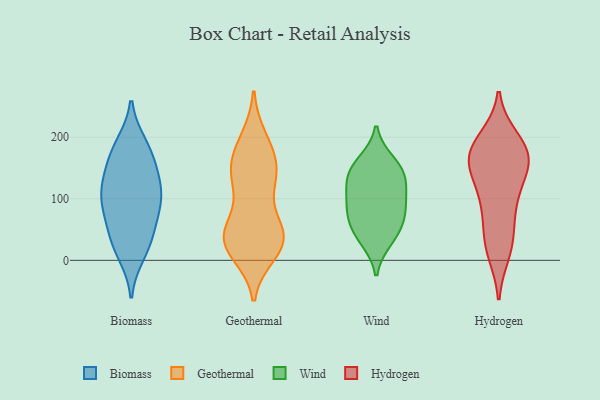
{"axis": {"x": "Net Income (USD K)", "y": "Value"}, "legend": ["Biomass", "Geothermal", "Hydrogen", "Wind"], "data": [{"x": "", "y": 27, "type": "Biomass"}, {"x": "", "y": 179, "type": "Biomass"}, {"x": "", "y": 78, "type": "Biomass"}, {"x": "", "y": 187, "type": "Biomass"}, {"x": "", "y": 122, "type": "Biomass"}, {"x": "", "y": 11, "type": "Biomass"}, {"x": "", "y": 145, "type": "Biomass"}, {"x": "", "y": 95, "type": "Biomass"}, {"x": "", "y": 172, "type": "Biomass"}, {"x": "", "y": 55, "type": "Biomass"}, {"x": "", "y": 33, "type": "Biomass"}, {"x": "", "y": 100, "type": "Biomass"}, {"x": "", "y": 100, "type": "Biomass"}, {"x": "", "y": 128, "type": "Biomass"}, {"x": "", "y": 156, "type": "Geothermal"}, {"x": "", "y": 169, "type": "Geothermal"}, {"x": "", "y": 137, "type": "Geothermal"}, {"x": "", "y": 53, "type": "Geothermal"}, {"x": "", "y": 196, "type": "Geothermal"}, {"x": "", "y": 121, "type": "Geothermal"}, {"x": "", "y": 13, "type": "Geothermal"}, {"x": "", "y": 24, "type": "Geothermal"}, {"x": "", "y": 42, "type": "Geothermal"}, {"x": "", "y": 188, "type": "Geothermal"}, {"x": "", "y": 45, "type": "Geothermal"}, {"x": "", "y": 44, "type": "Geothermal"}, {"x": "", "y": 25, "type": "Geothermal"}, {"x": "", "y": 129, "type": "Geothermal"}, {"x": "", "y": 141, "type": "Geothermal"}, {"x": "", "y": 30, "type": "Geothermal"}, {"x": "", "y": 36, "type": "Geothermal"}, {"x": "", "y": 91, "type": "Wind"}, {"x": "", "y": 33, "type": "Wind"}, {"x": "", "y": 42, "type": "Wind"}, {"x": "", "y": 160, "type": "Wind"}, {"x": "", "y": 90, "type": "Wind"}, {"x": "", "y": 73, "type": "Wind"}, {"x": "", "y": 122, "type": "Wind"}, {"x": "", "y": 62, "type": "Wind"}, {"x": "", "y": 123, "type": "Wind"}, {"x": "", "y": 150, "type": "Wind"}, {"x": "", "y": 142, "type": "Wind"}, {"x": "", "y": 32, "type": "Hydrogen"}, {"x": "", "y": 21, "type": "Hydrogen"}, {"x": "", "y": 60, "type": "Hydrogen"}, {"x": "", "y": 191, "type": "Hydrogen"}, {"x": "", "y": 110, "type": "Hydrogen"}, {"x": "", "y": 13, "type": "Hydrogen"}, {"x": "", "y": 175, "type": "Hydrogen"}, {"x": "", "y": 158, "type": "Hydrogen"}, {"x": "", "y": 150, "type": "Hydrogen"}, {"x": "", "y": 151, "type": "Hydrogen"}, {"x": "", "y": 159, "type": "Hydrogen"}, {"x": "", "y": 169, "type": "Hydrogen"}, {"x": "", "y": 183, "type": "Hydrogen"}, {"x": "", "y": 197, "type": "Hydrogen"}, {"x": "", "y": 103, "type": "Hydrogen"}, {"x": "", "y": 90, "type": "Hydrogen"}]}